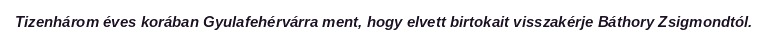
Tizenhárom éves korában Gyulafehérvárra ment, hogy elvett birtokait visszakérje Báthory Zsigmondtól.